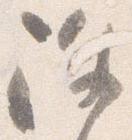
除